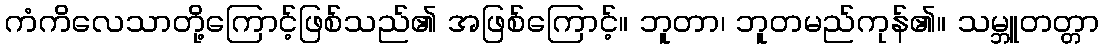
ကံကိလေသာတို့ကြောင့်ဖြစ်သည်၏ အဖြစ်ကြောင့်။ ဘူတာ၊ ဘူတမည်ကုန်၏။ သမ္ဘူတတ္တာ